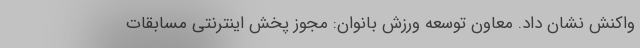
واکنش نشان داد. معاون توسعه ورزش بانوان: مجوز پخش اینترنتی مسابقات